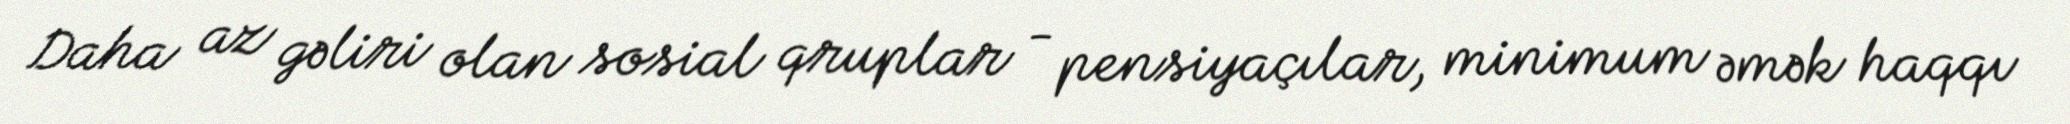
Daha az gəliri olan sosial qruplar - pensiyaçılar, minimum əmək haqqı